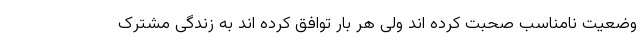
وضعیت نامناسب صحبت کرده اند ولی هر بار توافق کرده اند به زندگی مشترک